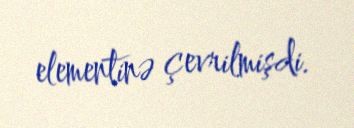
elementinə çevrilmişdi.